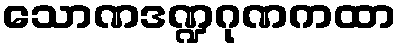
သောဏဒဏ္ဍဂုဏကထာ